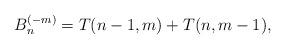
LaTeX: \begin{gather*} B_{n}^{(-m)} =T(n-1,m)+T(n,m-1),\end{gather*}